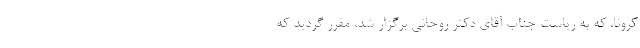
کرونا، که به ریاست جناب آقای دکتر روحانی برگزار شد، مقرر گردید که